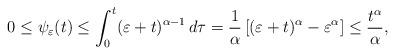
LaTeX: \begin{align*}0\le \psi_\varepsilon(t)\le \int_0^t (\varepsilon+t)^{\alpha-1}\,d\tau=\frac{1}{\alpha}\,[(\varepsilon+t)^\alpha-\varepsilon^\alpha]\le \frac{t^\alpha}{\alpha},\end{align*}